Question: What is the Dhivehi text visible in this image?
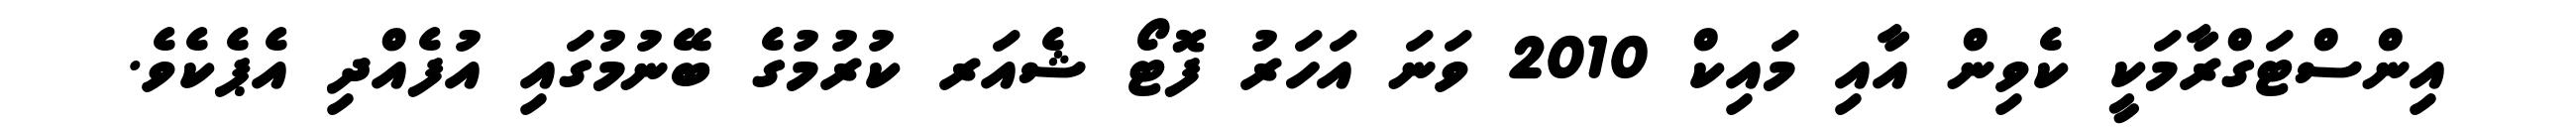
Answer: އިންސްޓަގްރާމަކީ ކެވިން އާއި މައިކް 2010 ވަނަ އަހަރު ފޮޓޯ ޝެއަރ ކުރުމުގެ ބޭނުމުގައި އުފެއްދި އެޕެކެވެ.